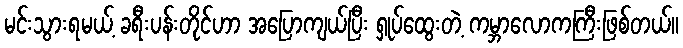
မင်းသွားရမယ့် ခရီးပန်းတိုင်ဟာ အပြောကျယ်ပြီး ရှုပ်ထွေးတဲ့ ကမ္ဘာလောကကြီးဖြစ်တယ်။